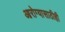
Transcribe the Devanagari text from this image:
आरोग्यासाठीही